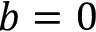
b = 0